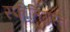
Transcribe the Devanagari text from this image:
स्फीतिग्रस्त